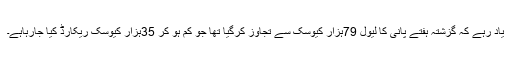
یاد رہے کہ گزشتہ ہفتے پانی کا لیول 79ہزار کیوسک سے تجاوز کرگیا تھا جو کم ہو کر 35ہزار کیوسک ریکارڈ کیا جارہاہے۔